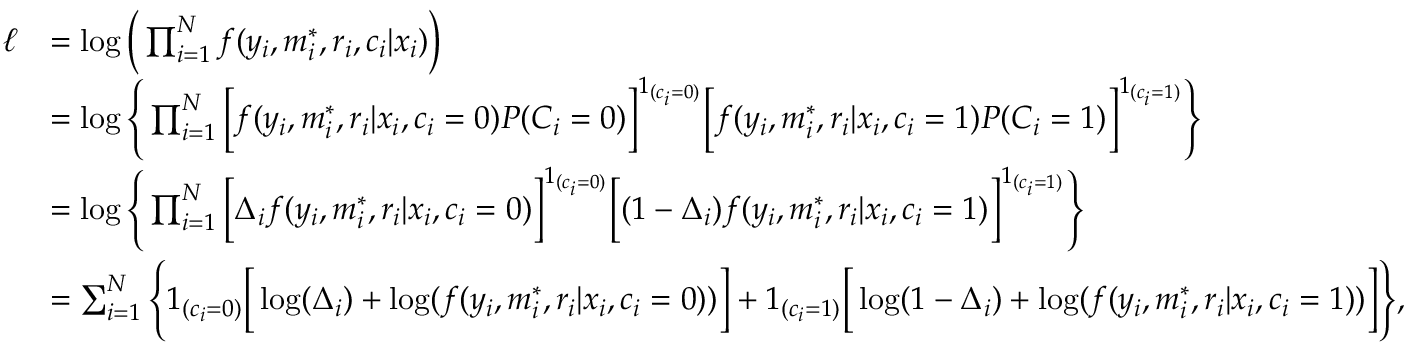
\begin{array} { r l } { \ell } & { = \log \Big ( \prod _ { i = 1 } ^ { N } f ( y _ { i } , m _ { i } ^ { * } , r _ { i } , c _ { i } | x _ { i } ) \Big ) } \\ & { = \log { \Bigg \{ \prod _ { i = 1 } ^ { N } \Big [ f ( y _ { i } , m _ { i } ^ { * } , r _ { i } | x _ { i } , c _ { i } = 0 ) P ( C _ { i } = 0 ) \Big ] ^ { 1 _ { ( c _ { i } = 0 ) } } \Big [ f ( y _ { i } , m _ { i } ^ { * } , r _ { i } | x _ { i } , c _ { i } = 1 ) P ( C _ { i } = 1 ) \Big ] ^ { 1 _ { ( c _ { i } = 1 ) } } \Bigg \} } } \\ & { = \log { \Bigg \{ \prod _ { i = 1 } ^ { N } \Big [ \Delta _ { i } f ( y _ { i } , m _ { i } ^ { * } , r _ { i } | x _ { i } , c _ { i } = 0 ) \Big ] ^ { 1 _ { ( c _ { i } = 0 ) } } \Big [ ( 1 - \Delta _ { i } ) f ( y _ { i } , m _ { i } ^ { * } , r _ { i } | x _ { i } , c _ { i } = 1 ) \Big ] ^ { 1 _ { ( c _ { i } = 1 ) } } \Bigg \} } } \\ & { = \sum _ { i = 1 } ^ { N } \Bigg \{ 1 _ { ( c _ { i } = 0 ) } \Big [ \log ( \Delta _ { i } ) + \log ( f ( y _ { i } , m _ { i } ^ { * } , r _ { i } | x _ { i } , c _ { i } = 0 ) ) \Big ] + 1 _ { ( c _ { i } = 1 ) } \Big [ \log ( 1 - \Delta _ { i } ) + \log ( f ( y _ { i } , m _ { i } ^ { * } , r _ { i } | x _ { i } , c _ { i } = 1 ) ) \Big ] \Bigg \} , } \end{array}